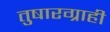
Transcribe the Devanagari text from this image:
तुषारग्राही